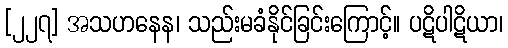
[၂၂၇] အသဟနေန၊ သည်းမခံနိုင်ခြင်းကြောင့်။ ပဋိပါဋိယာ၊